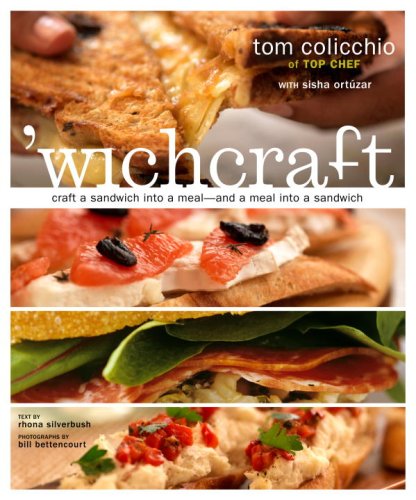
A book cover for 'wichcraft: Craft a Sandwich into a Meal--And a Meal into a Sandwich; Tom Colicchio; Cookbooks, Food & Wine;